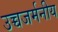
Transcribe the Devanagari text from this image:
उच्चजर्मनीय